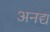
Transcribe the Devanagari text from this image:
अनद्य